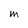
Character: M